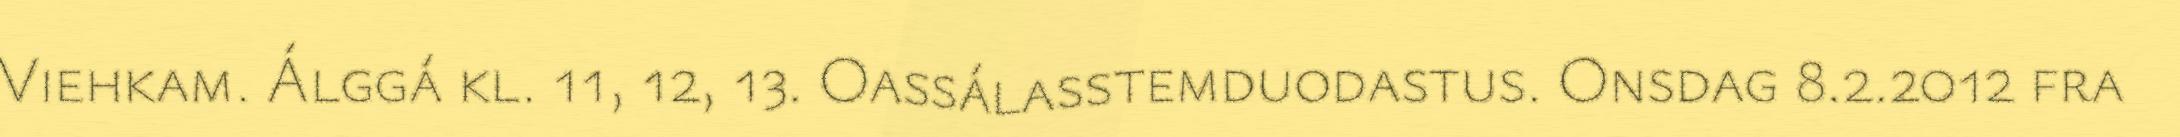
Viehkam. Álggá kl. 11, 12, 13. Oassálasstemduodastus. Onsdag 8.2.2012 fra